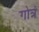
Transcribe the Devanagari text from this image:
गोत्रं